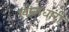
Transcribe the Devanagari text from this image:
खोलधारी